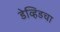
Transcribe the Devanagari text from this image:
डेव्हिडचा